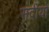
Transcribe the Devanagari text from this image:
सदीयो